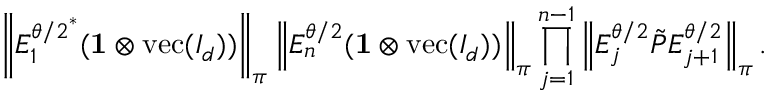
\left\lVert E _ { 1 } ^ { { \theta / 2 } ^ { * } } ( \mathbf { 1 } \otimes \operatorname { v e c } ( I _ { d } ) ) \right\rVert _ { \boldsymbol \pi } \left\lVert E _ { n } ^ { \theta / 2 } ( \mathbf { 1 } \otimes \operatorname { v e c } ( I _ { d } ) ) \right\rVert _ { \boldsymbol \pi } \prod _ { j = 1 } ^ { n - 1 } \left\lVert E _ { j } ^ { \theta / 2 } \tilde { P } E _ { j + 1 } ^ { \theta / 2 } \right\rVert _ { \boldsymbol \pi } .